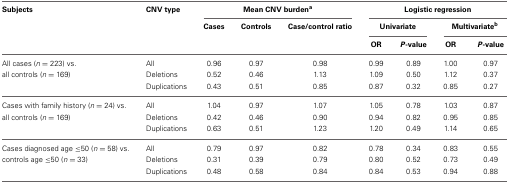
| Subjects | CNV type | <COLSPAN=3> Mean CNV burdena | <COLSPAN=4> Logistic regression |
 |  |  | Cases | Controls | Case/control ratio | <COLSPAN=2> Univariate | <COLSPAN=2> Multivariateb |
 |  |  |  |  |  | OR | P-value | OR | P-value |
 | --- | --- | --- | --- | --- | --- | --- | --- | --- |
 | <ROWSPAN=3> All cases (n = 223) vs. all controls (n = 169) | All | 0.96 | 0.97 | 0.98 | 0.99 | 0.89 | 1.00 | 0.97 |
 | Deletions | 0.52 | 0.46 | 1.13 | 1.09 | 0.50 | 1.12 | 0.37 |
 | Duplications | 0.43 | 0.51 | 0.85 | 0.87 | 0.32 | 0.85 | 0.27 |
 | <ROWSPAN=3> Cases with family history (n = 24) vs. all controls (n = 169) | All | 1.04 | 0.97 | 1.07 | 1.05 | 0.78 | 1.03 | 0.87 |
 | Deletions | 0.42 | 0.46 | 0.90 | 0.94 | 0.82 | 0.95 | 0.85 |
 | Duplications | 0.63 | 0.51 | 1.23 | 1.20 | 0.49 | 1.14 | 0.65 |
 | <ROWSPAN=3> Cases diagnosed age ≤50 (n = 58) vs. controls age ≤50 (n = 33) | All | 0.79 | 0.97 | 0.82 | 0.78 | 0.34 | 0.83 | 0.55 |
 | Deletions | 0.31 | 0.39 | 0.79 | 0.80 | 0.52 | 0.73 | 0.49 |
 | Duplications | 0.48 | 0.58 | 0.84 | 0.84 | 0.53 | 0.94 | 0.88 |